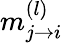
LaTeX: m_{j\rightarrow{i}}^{(l)}